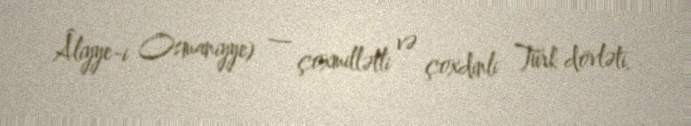
Âliyye-i Osmaniyye) — çoxmillətli və çoxdinli Türk dövləti.